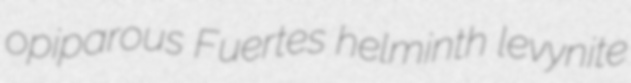
opiparous Fuertes helminth levynite